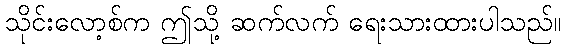
သိုင်းလော့စ်က ဤသို့ ဆက်လက် ရေးသားထားပါသည်။